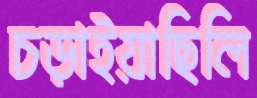
চড়াইয়াছিলি